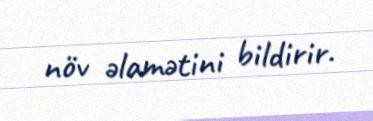
növ əlamətini bildirir.